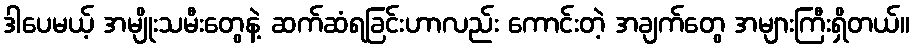
ဒါပေမယ့် အမျိုးသမီးတွေနဲ့ ဆက်ဆံရခြင်းဟာလည်း ကောင်းတဲ့ အချက်တွေ အများကြီးရှိတယ်။